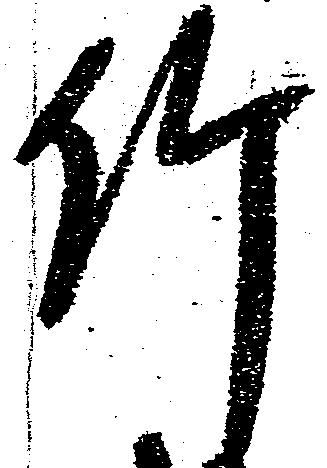
竹